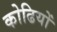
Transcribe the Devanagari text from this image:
कोढियों